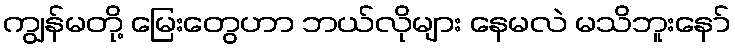
ကျွန်မတို့ မြေးတွေဟာ ဘယ်လိုများ နေမလဲ မသိဘူးနော်